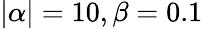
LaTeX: |\alpha|=10,\beta=0.1